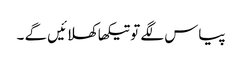
پیاس لگے تو تیکھا کھلائیں گے ۔